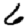
Digit: 6